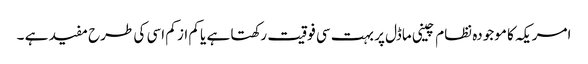
امریکہ کا موجودہ نظام چینی ماڈل پر بہت سی فوقیت رکھتا ہے یا کم از کم اسی کی طرح مفید ہے ۔